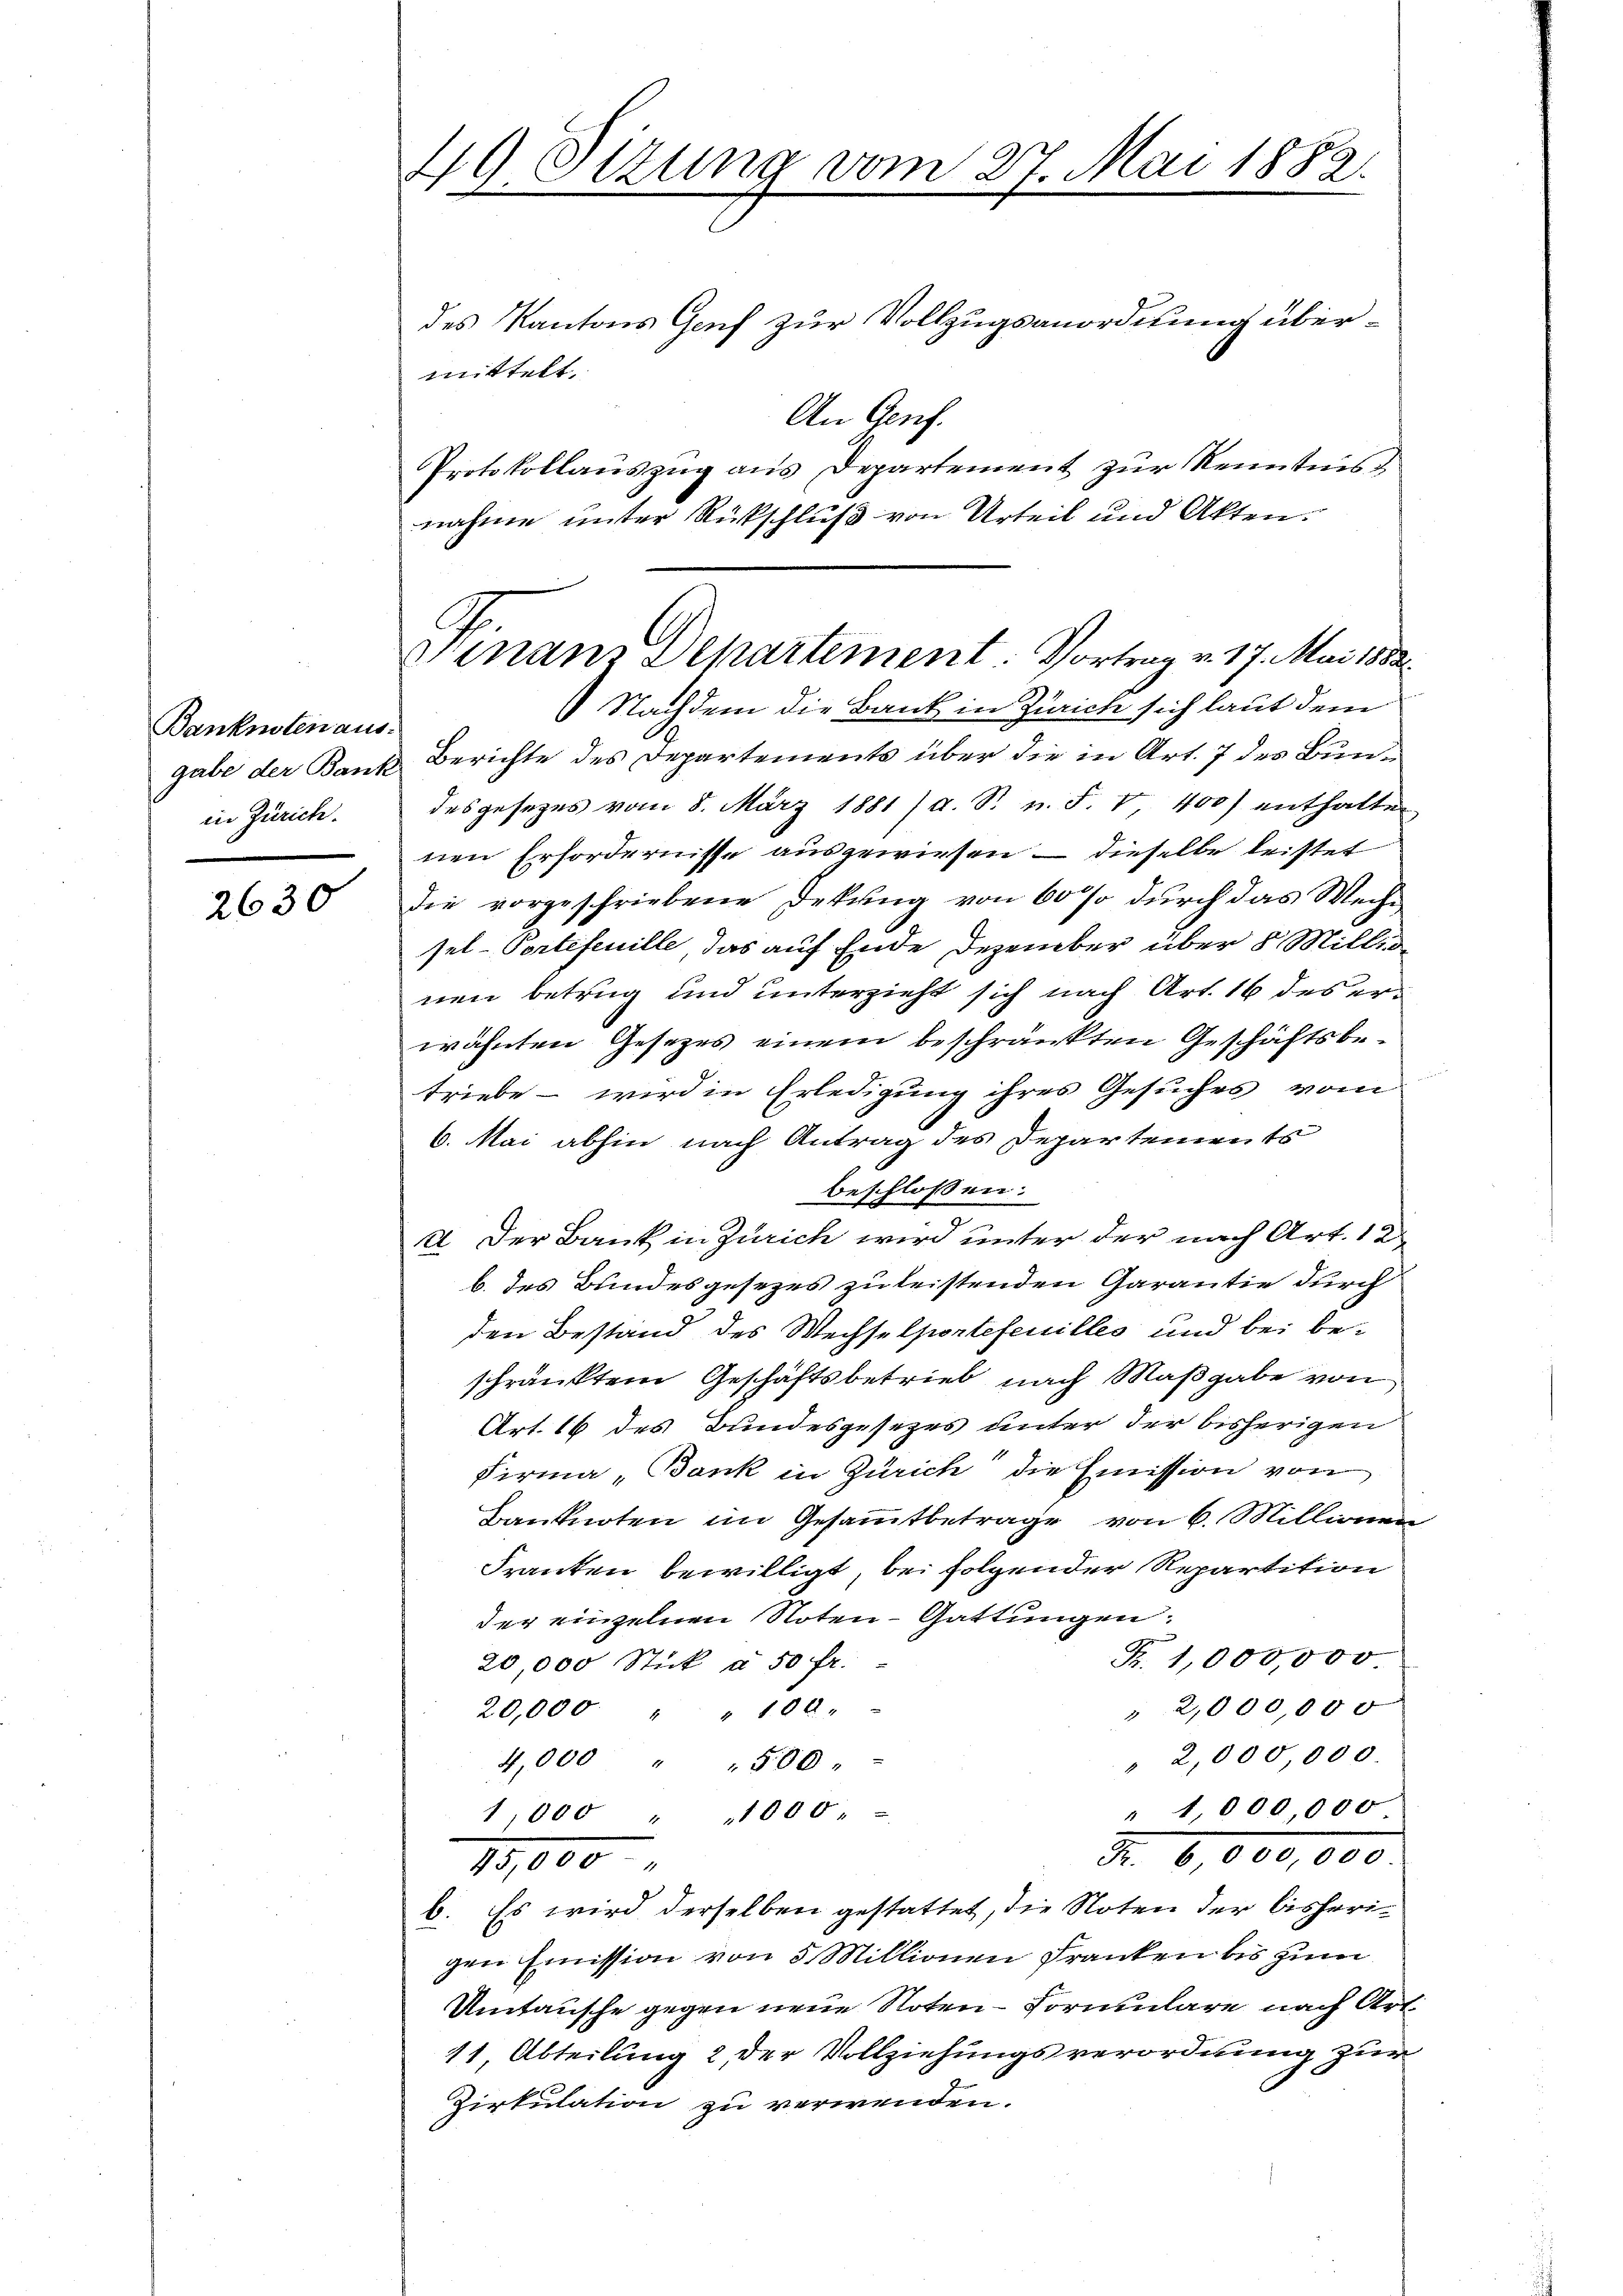
Banknoten aus-
gabe der Bank
in Zürich.

2630

49 Otzung vom 27. Mai 1882.

des Kantons Genf zur Vollzugsanordnung übermittelt.
An Genf.
Protokollauszug aus Departement zur Kenntnis d
nahme unter Rückschluß von Urteil und Akten.
Nachdem die Bank in Zürich sich laut dem
Berichte des Departements über die in Art. 7 des Bundesgesetzes vom 8. März 1881 (a. S. u. F. V. 400) enthalten
nen Erfordernisse ausgewiesen – dieselbe leistet
die vorgeschriebene Dekung von 60 so durch das Wechsel-Portefenille, das auf Ende Dezember über 8 Millinen Betrug und unterzieht sich nach Art. 16 des erwähnten Gesezes einem beschränkten Geschäftsbetriebe – wird in Erledigung ihres Gesuches vom
6. Mai abhin nach Antrag des Departements
beschlossen:
II. Der Bank in Zürich wird unter der nach Art. 12
b. des Bundesgesezes zu leistenden Garantie durch
den Bestand des Wechselportefeuilles und bei beschränktem Geschäftsbetrieb nach Maßgabe von
Art. 16 des Bundesgesezes unter der bisherigen
Firma, Bank in Zürich die Emission von
Banknoten im Gesammtbetrage von 6. Millionen
Franken bewilligt, bei folgender Repartition
der einzelnen Noten- Gattungen.
z
R. 1,000,000
20,000 Stick à 50 fr.
" 2,000,000
20,000 " " 100.
" 2,000,000.
4,000 " " 500
" 1,000,000
1,000 " 1000 "
R. 6,000,000
15,000
b. Es wird derselben gestattet, die Noten der bisherigen Emission von 5 Millionen Franken bis zum
Umtausche gegen neue Noten-Formulare nach Art
11 Abteilung 2 der Vollziehungsverordnung zur
Zirkulation zu verwenden.

Finanz Separtement: Vortrag v. 17. Mai 1882